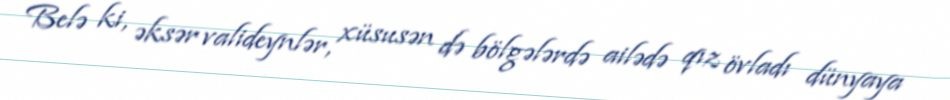
Belə ki, əksər valideynlər, xüsusən də bölgələrdə ailədə qız övladı dünyaya